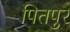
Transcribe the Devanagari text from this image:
पितपुर